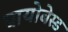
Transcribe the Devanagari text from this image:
बायोबेस्ड